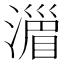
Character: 𣽪